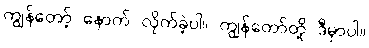
ကျွန်တော့် နောက် လိုက်ခဲ့ပါ။ ကျွန်တော်တို့ ဒီမှာပါ။